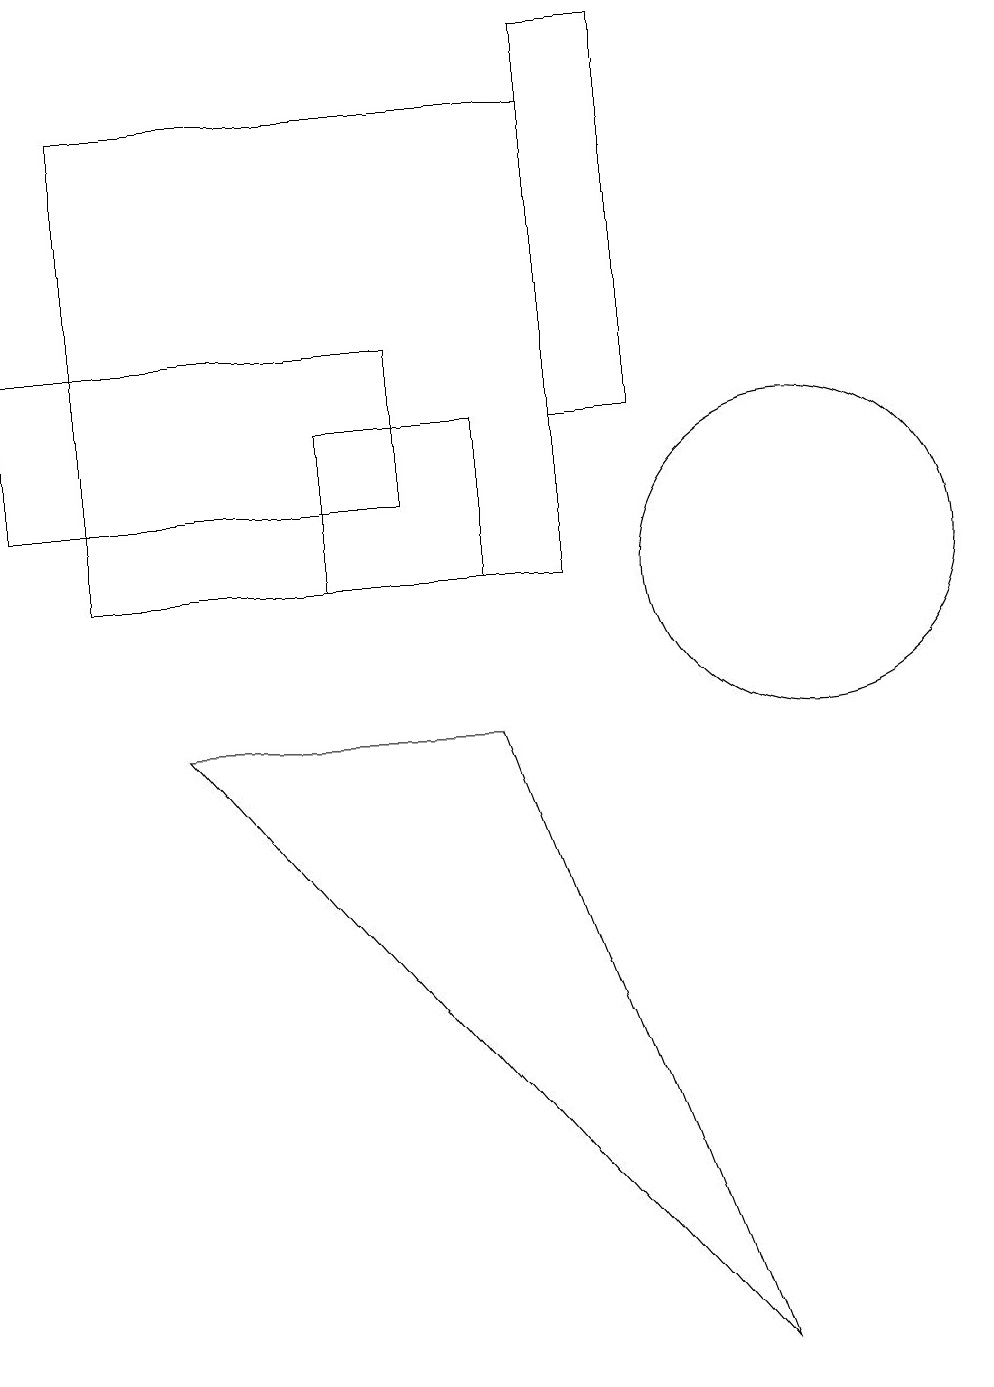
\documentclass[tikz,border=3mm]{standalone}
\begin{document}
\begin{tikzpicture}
\draw (5,11) rectangle (0,13);
\draw (10,10) circle (2);
\draw (8,17) rectangle (7,12);
\draw (4,10) rectangle (6,12);
\draw (7,10) rectangle (1,16);
\draw (6,8) -- (2,8) -- (9,0) -- cycle;
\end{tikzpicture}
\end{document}